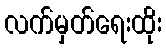
လက်မှတ်ရေးထိုး